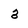
Character: 3